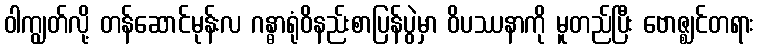
ဝါကျွတ်လို့ တန်ဆောင်မုန်းလ ဂန္ဓာရုံဝိနည်းစာပြန်ပွဲမှာ ဝိပဿနာကို မူတည်ပြီး ဗောဇ္ဈင်တရား